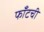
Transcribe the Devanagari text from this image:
फाँटची